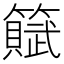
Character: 𫂩